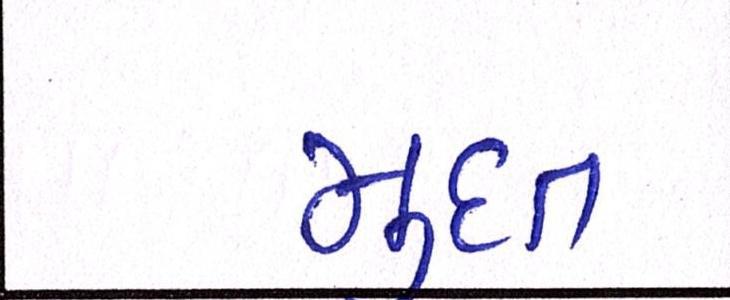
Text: મુદત